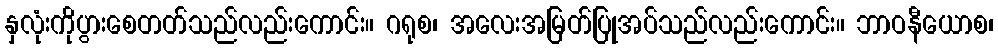
နှလုံးကိုပွားစေတတ်သည်လည်းကောင်း။ ဂရုစ၊ အလေးအမြတ်ပြုအပ်သည်လည်းကောင်း။ ဘာဝနီယောစ၊